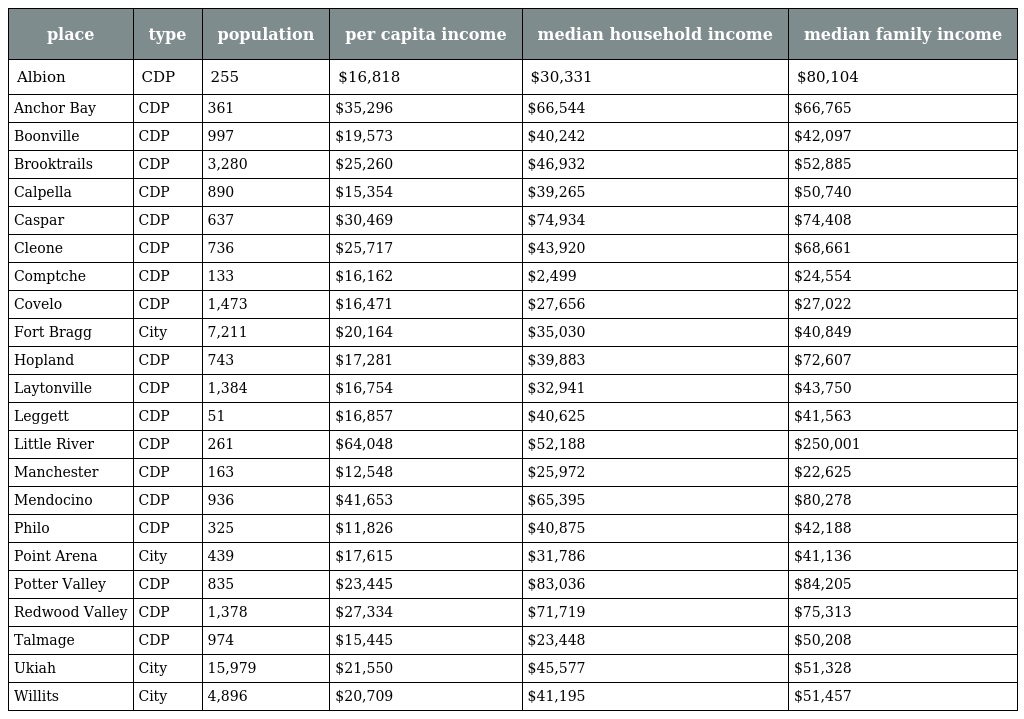
| place | type | population | per capita income | median household income | median family income |
 | --- | --- | --- | --- | --- | --- |
 | Albion | CDP | 255 | $16,818 | $30,331 | $80,104 |
 | Anchor Bay | CDP | 361 | $35,296 | $66,544 | $66,765 |
 | Boonville | CDP | 997 | $19,573 | $40,242 | $42,097 |
 | Brooktrails | CDP | 3,280 | $25,260 | $46,932 | $52,885 |
 | Calpella | CDP | 890 | $15,354 | $39,265 | $50,740 |
 | Caspar | CDP | 637 | $30,469 | $74,934 | $74,408 |
 | Cleone | CDP | 736 | $25,717 | $43,920 | $68,661 |
 | Comptche | CDP | 133 | $16,162 | $2,499 | $24,554 |
 | Covelo | CDP | 1,473 | $16,471 | $27,656 | $27,022 |
 | Fort Bragg | City | 7,211 | $20,164 | $35,030 | $40,849 |
 | Hopland | CDP | 743 | $17,281 | $39,883 | $72,607 |
 | Laytonville | CDP | 1,384 | $16,754 | $32,941 | $43,750 |
 | Leggett | CDP | 51 | $16,857 | $40,625 | $41,563 |
 | Little River | CDP | 261 | $64,048 | $52,188 | $250,001 |
 | Manchester | CDP | 163 | $12,548 | $25,972 | $22,625 |
 | Mendocino | CDP | 936 | $41,653 | $65,395 | $80,278 |
 | Philo | CDP | 325 | $11,826 | $40,875 | $42,188 |
 | Point Arena | City | 439 | $17,615 | $31,786 | $41,136 |
 | Potter Valley | CDP | 835 | $23,445 | $83,036 | $84,205 |
 | Redwood Valley | CDP | 1,378 | $27,334 | $71,719 | $75,313 |
 | Talmage | CDP | 974 | $15,445 | $23,448 | $50,208 |
 | Ukiah | City | 15,979 | $21,550 | $45,577 | $51,328 |
 | Willits | City | 4,896 | $20,709 | $41,195 | $51,457 |